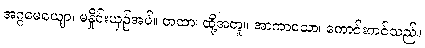
အဂ္ဂမေယျော၊ မနှိုင်းယှဉ်အပ်။ တထာ၊ ထို့အတူ။ အာကာသော၊ ကောင်းကင်သည်။